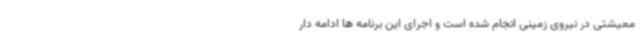
معیشتی در نیروی زمینی انجام شده است و اجرای این برنامه ها ادامه دار